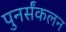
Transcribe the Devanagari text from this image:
पुनर्संकलन